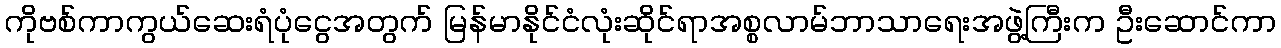
ကိုဗစ်ကာကွယ်ဆေးရံပုံငွေအတွက် မြန်မာနိုင်ငံလုံးဆိုင်ရာအစ္စလာမ်ဘာသာရေးအဖွဲ့ကြီးက ဦးဆောင်ကာ